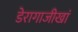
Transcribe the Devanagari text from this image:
डेरागाजीखां